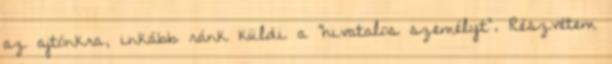
az ajtónkra, inkább ránk küldi a "hivatalos személyt". Részvétem